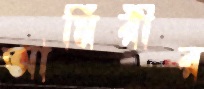
আমিরীর